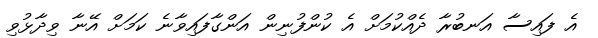
އެ ފައިސާ އަނބުރާ ދެއްކުމަށް އެ ކުންފުނިން އަންގާފައިވާނެ ކަމަށް އޭނާ ވިދާޅުވި